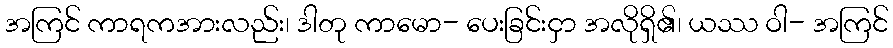
အကြင် ကာရကအားလည်း၊ ဒါတု ကာမော- ပေးခြင်းငှာ အလိုရှိ၏၊ ယဿ ဝါ- အကြင်